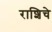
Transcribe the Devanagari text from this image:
राशिचे